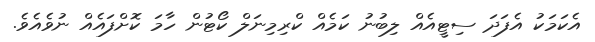
އެކަމަކު އެފަދަ ސިޓީއެއް ލިބުނު ކަމެއް ކްރިމިނަލް ކޯޓުން ހާމަ ކޮށްފައެއް ނުވެއެވެ.